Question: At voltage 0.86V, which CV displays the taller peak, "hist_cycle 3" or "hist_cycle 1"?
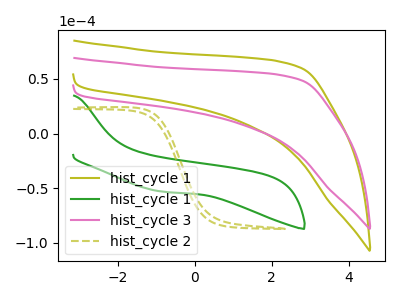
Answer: <think>The olive curve "hist_cycle 1" has no peaks. The green curve "hist_cycle 1" has no peaks. The pink curve "hist_cycle 3" has no peaks. The olive dashed curve "hist_cycle 2" has no peaks.</think>
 <answer>"hist_cycle 3" and "hist_cycle 1" dont share a peak at 0.86V.</answer>
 <eval>mismatch</eval>